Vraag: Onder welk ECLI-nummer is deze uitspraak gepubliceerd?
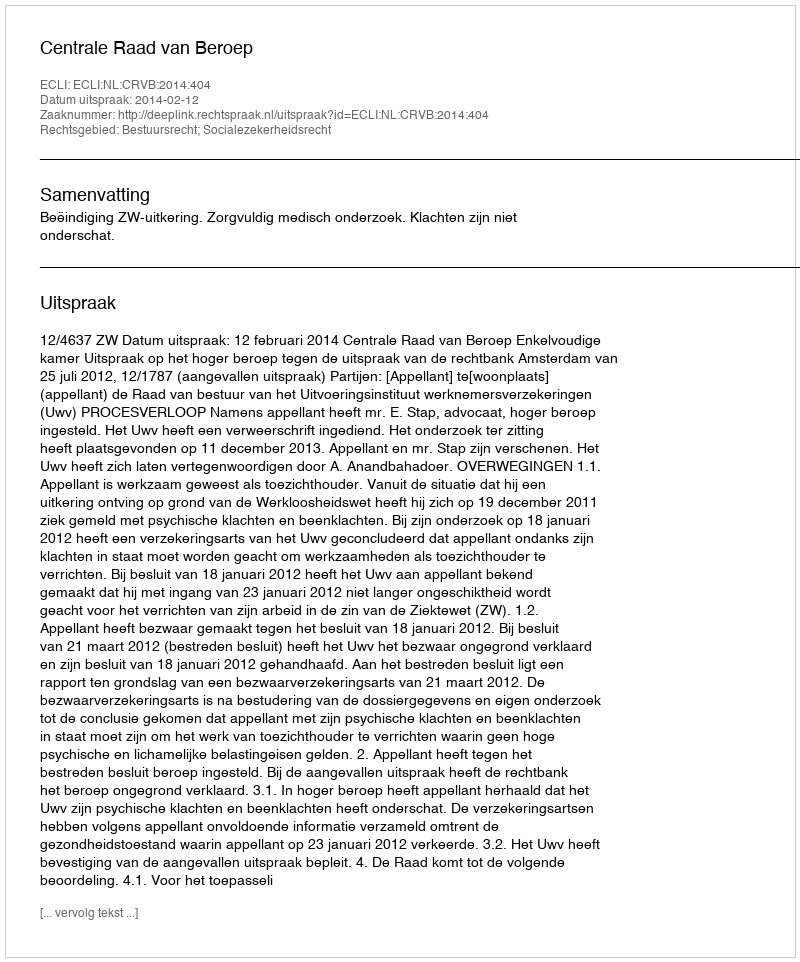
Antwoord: ECLI:NL:CRVB:2014:404